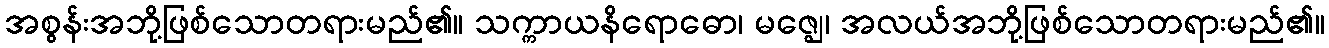
အစွန်းအဘို့ဖြစ်သောတရားမည်၏။ သက္ကာယနိရောဓော၊ မဇ္ဈေ၊ အလယ်အဘို့ဖြစ်သောတရားမည်၏။